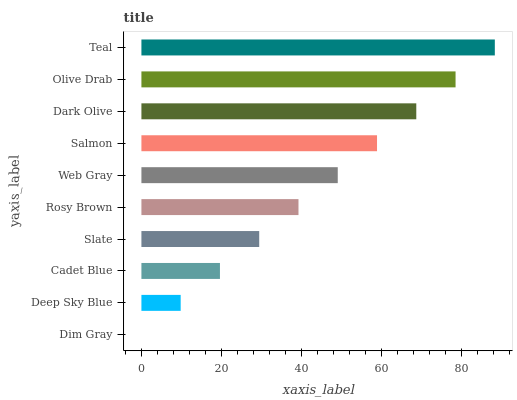
| yaxis_label | bars |
 | --- | --- |
 | Dim Gray | 0 |
 | Deep Sky Blue | 9.82 |
 | Cadet Blue | 19.6 |
 | Slate | 29.5 |
 | Rosy Brown | 39.3 |
 | Web Gray | 49.1 |
 | Salmon | 58.9 |
 | Dark Olive | 68.7 |
 | Olive Drab | 78.6 |
 | Teal | 88.4 |